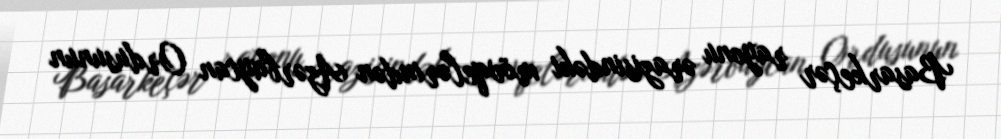
Basarkeçər rayonu ərazisindəki mövqelərindən Azərbaycan Ordusunun